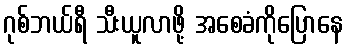
ဂုစ်ဘယ်ရီ သီးယူလာဖို့ အစေခံကိုပြောနေ